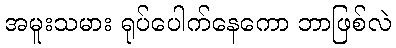
အမူးသမား ရုပ်ပေါက်နေကော ဘာဖြစ်လဲ